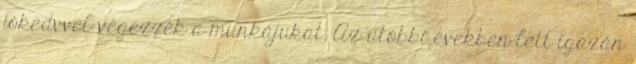
jókedvvel végezzék a munkájukat. Az utóbbi években lett igazán